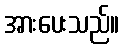
အားပေးသည်။